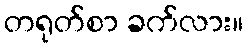
တရုတ်စာ ခက်လား။